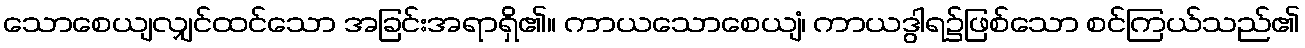
သောစေယျလျှင်ထင်သော အခြင်းအရာရှိ၏။ ကာယသောစေယျံ၊ ကာယဒွါရ၌ဖြစ်သော စင်ကြယ်သည်၏